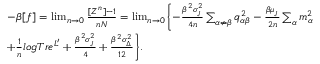
\begin{array} { r l } & { - \beta [ f ] = \operatorname* { l i m } _ { n \rightarrow 0 } \frac { [ Z ^ { n } ] - 1 } { n N } = \operatorname* { l i m } _ { n \rightarrow 0 } \Biggl \{ - \frac { \beta ^ { 2 } \sigma _ { _ { J } } ^ { 2 } } { 4 n } \sum _ { \alpha \neq \beta } q _ { \alpha \beta } ^ { 2 } - \frac { \beta \mu _ { _ { J } } } { 2 n } \sum _ { \alpha } m _ { \alpha } ^ { 2 } } \\ & { + \frac { 1 } { n } l o g T r e ^ { L ^ { \prime } } + \frac { \beta ^ { 2 } \sigma _ { _ { J } } ^ { 2 } } { 4 } + \frac { \beta ^ { 2 } \sigma _ { _ { \Delta } } ^ { 2 } } { 1 2 } \Biggr \} . } \end{array}